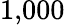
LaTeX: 1{,}000